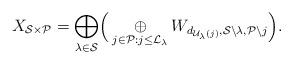
LaTeX: \begin{align*} X_{\mathcal{S}\times \mathcal{P}}= \underset{\lambda \in \mathcal{S} }{\bigoplus}\Big(\underset{j \in \mathcal{P}: j \leq \mathcal{L}_{\lambda}}{\oplus}W_{d_{\mathcal{U}_{\lambda}(j)}, \mathcal{S}\backslash \lambda, \mathcal{P}\backslash j}\Big).\end{align*}